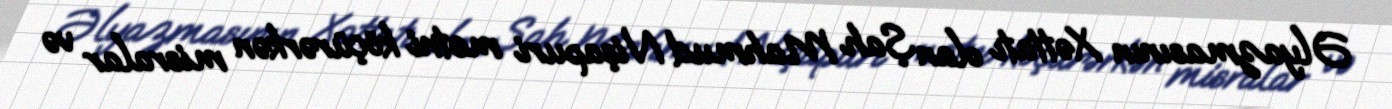
Əlyazmasının Xəttatı olan Şah Mahmud Nişapuri mətni köçürərkən misralar və